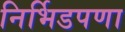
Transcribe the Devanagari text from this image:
निर्भिडपणा